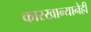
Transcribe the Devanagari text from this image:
कारखान्यानेही